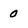
Character: o